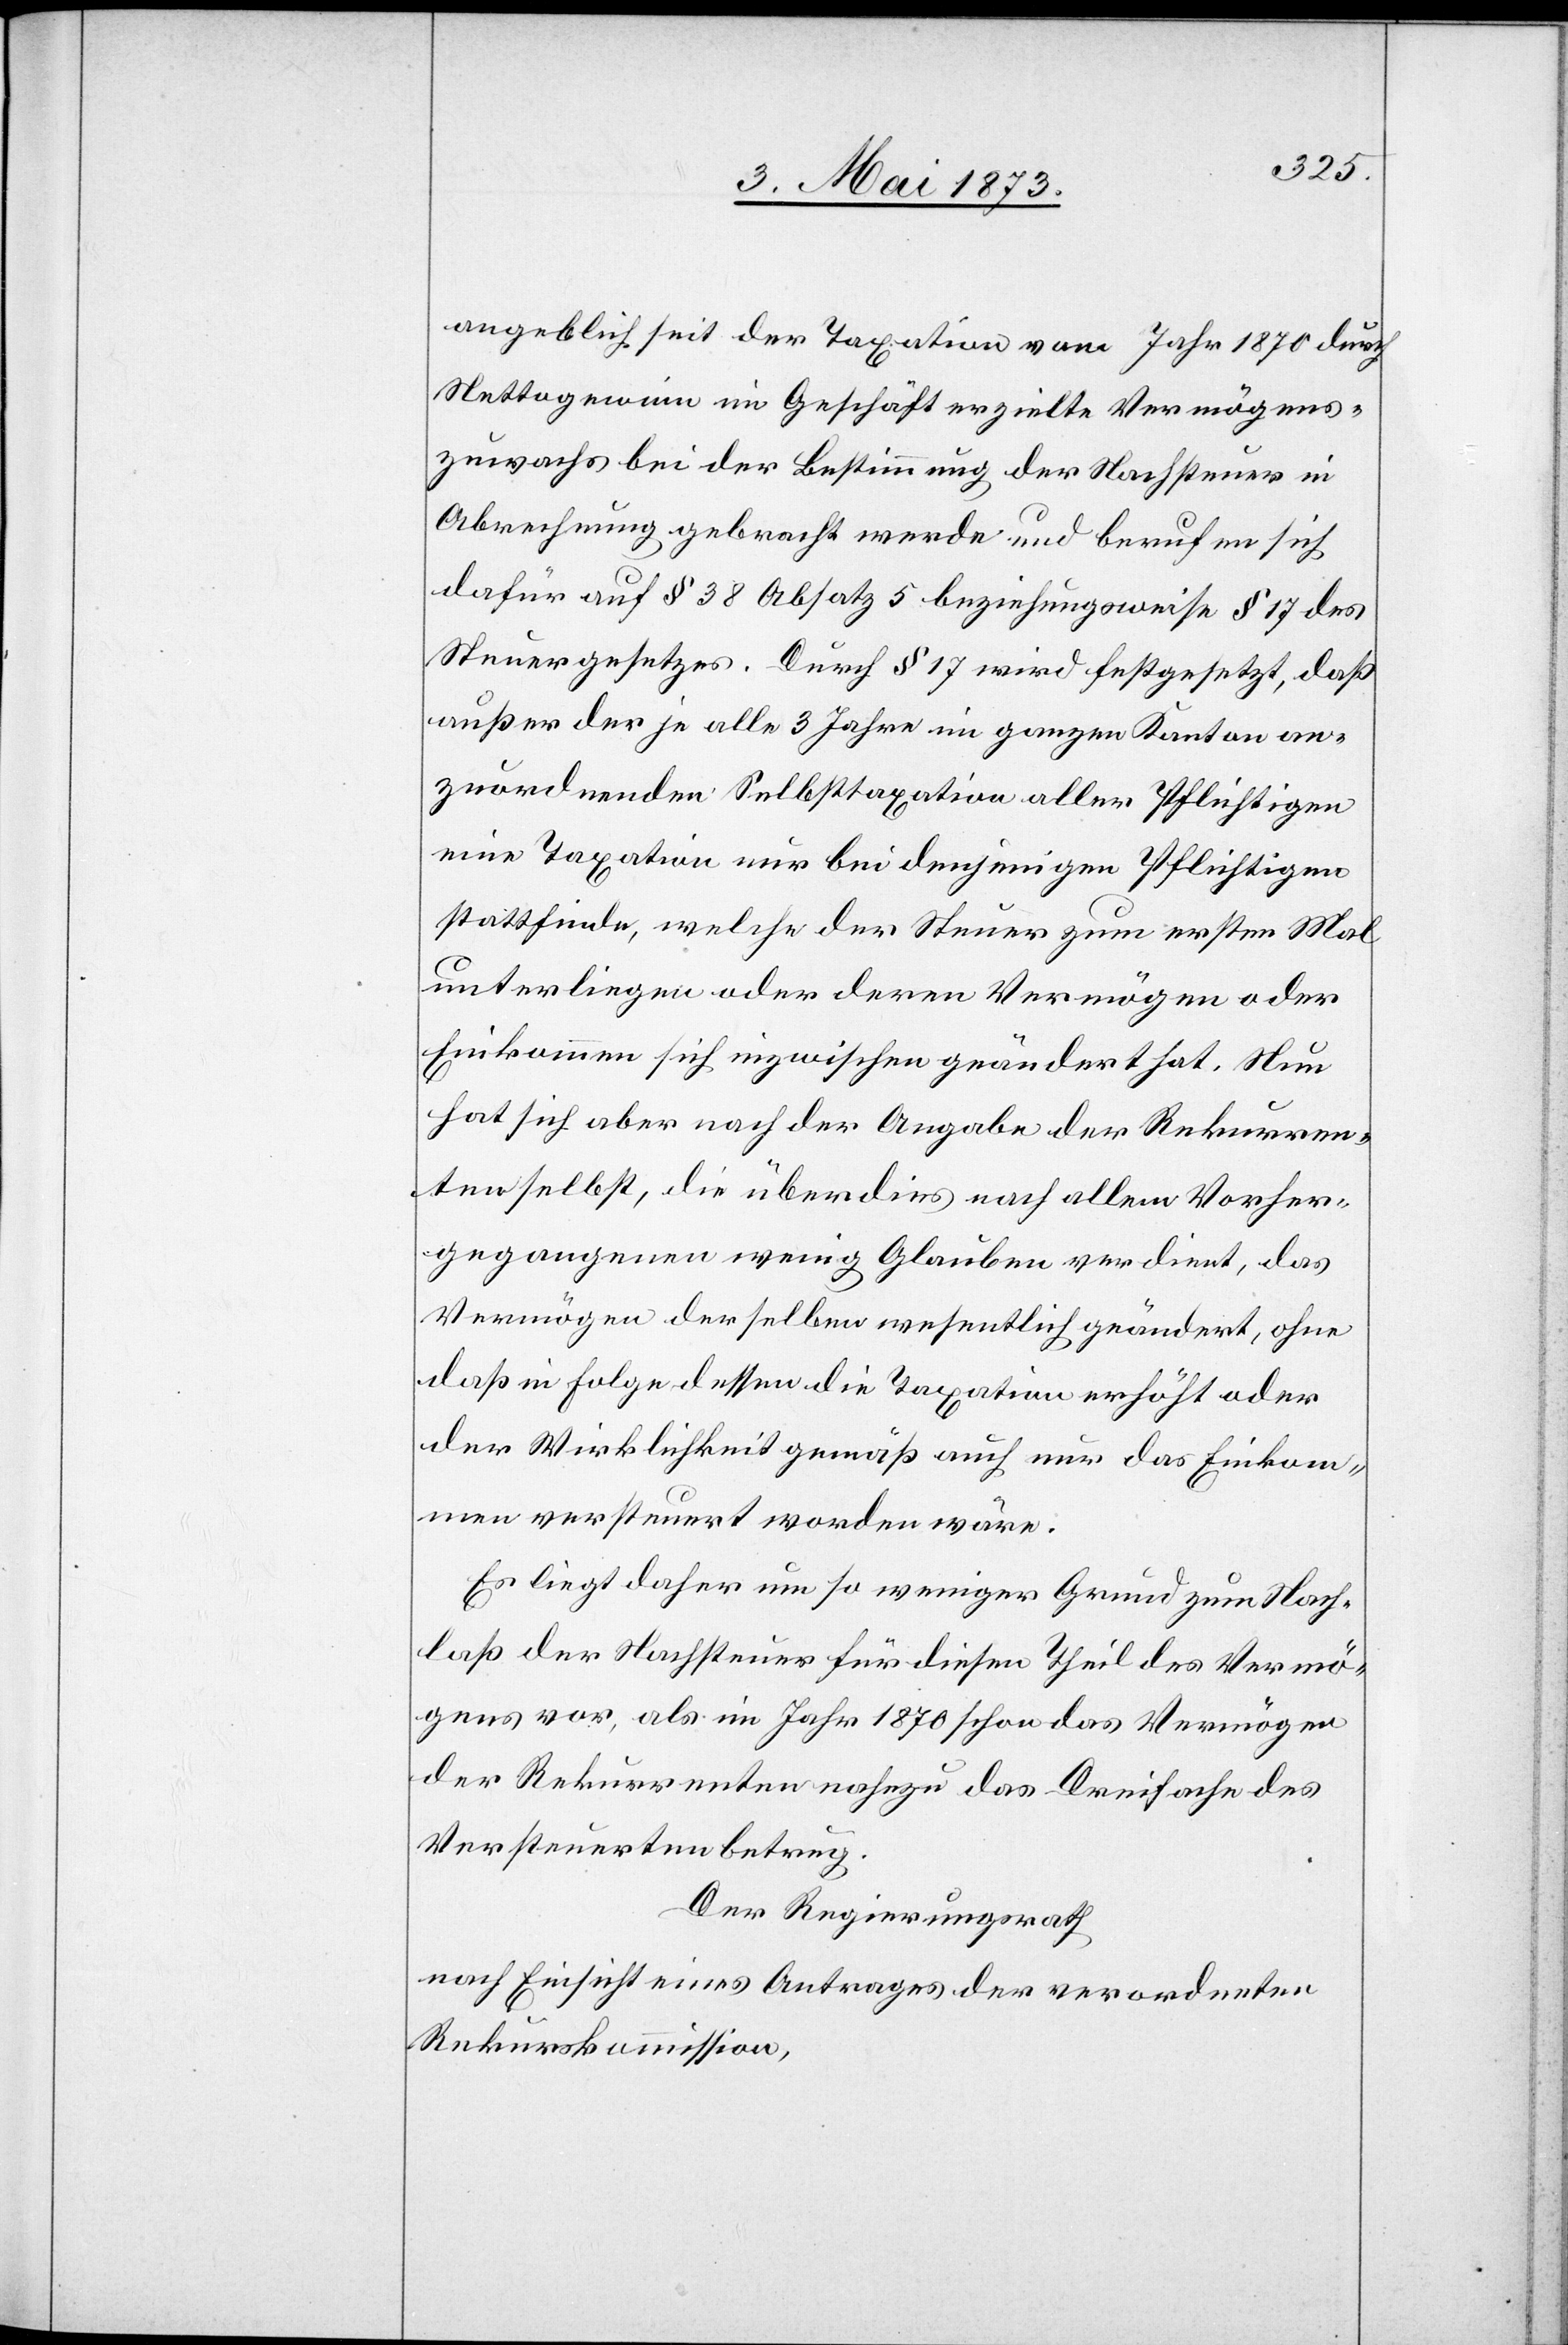
angeblich seit der Taxation vom Jahr 1870 durch
Nettogewinn im Geschäft erzielte Vermögens¬
zuwachs bei der Bestimmung der Nachsteuer in
Abrechnung gebracht werde und berufen sich
dafür auf § 38 Absatz 5 beziehungsweise § 17 des
Steuergesetzes. Durch § 17 wird festgesetzt, daß
außer der je alle 3 Jahre im ganzen Kanton an¬
zuordnenden Selbsttaxation aller Pflichtigen
eine Taxation nur bei denjenigen Pflichtigen
stattfinde, welche der Steuer zum ersten Mal
unterliegen oder deren Vermögen oder
Einkommen sich inzwischen geändert hat. Nun
hat sich aber nach der Angabe der Rekurren¬
ten selbst, die überdies nach allem Vorher¬
gegangenen wenig Glauben verdient, das
Vermögen derselben wesentlich geändert, ohne
daß in Folge dessen die Taxation erhöht oder
der Wirklichkeit gemäß auch nur das Einkom¬
men versteuert worden wäre.
Es liegt daher um so weniger Grund zum Nach¬
laß der Nachsteuer für diesen Theil des Vermö¬
gens vor, als im Jahr 1870 schon das Vermögen
der Rekurrenten nahezu das Dreifache des
Versteuerten betrug.
Der Regierungsrath
nach Einsicht eines Antrages der verordneten
Rekurskommission,